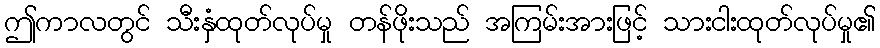
ဤကာလတွင် သီးနှံထုတ်လုပ်မှု တန်ဖိုးသည် အကြမ်းအားဖြင့် သားငါးထုတ်လုပ်မှု၏